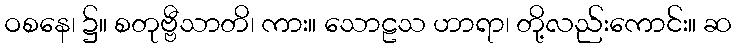
ဝစနေ၊ ၌။ စတုဗ္ဗီသာတိ၊ ကား။ သောဠသ ဟာရာ၊ တို့လည်းကောင်း။ ဆ